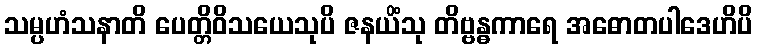
သမ္ပဟံသနာတိ ပေတ္တိဝိသယေသုပိ ဇနယိံသု တိဗ္ဗန္ဓကာရေ အဓောတပါဒေဟိပိ